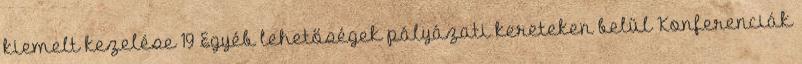
kiemelt kezelése 19 Egyéb lehetőségek pályázati kereteken belül Konferenciák